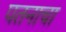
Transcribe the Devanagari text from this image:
पतनाचा